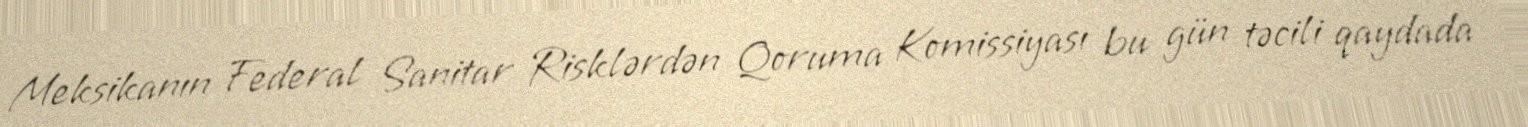
Meksikanın Federal Sanitar Risklərdən Qoruma Komissiyası bu gün təcili qaydada